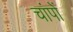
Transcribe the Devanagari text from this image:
चांपों